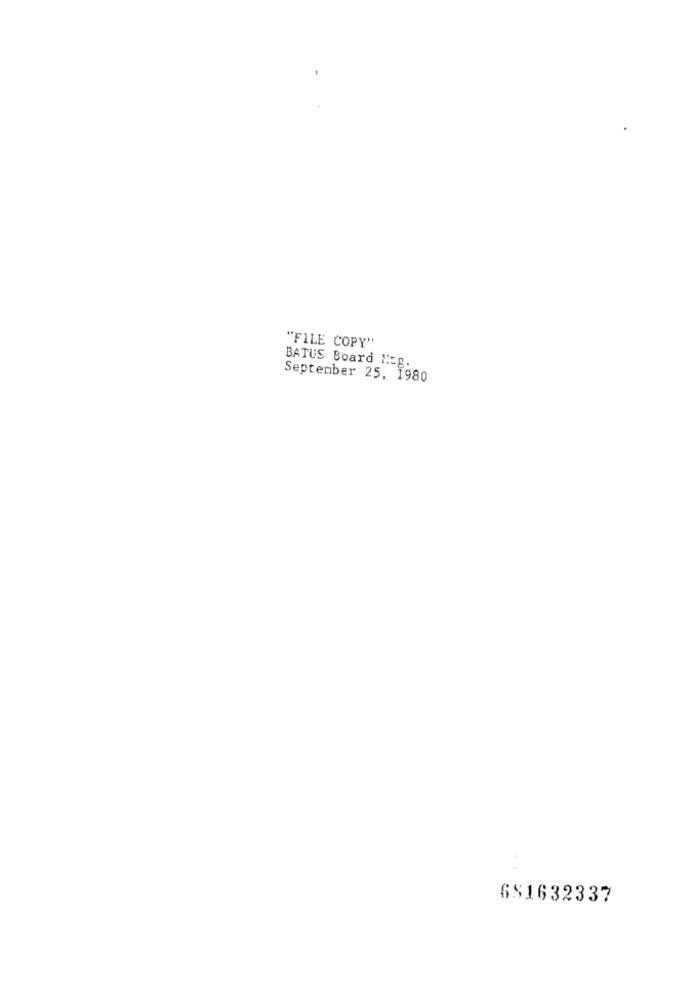
"FILE COPY"
BATUS Board Nog.
September 25, 1980
681632337